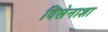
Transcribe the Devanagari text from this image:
दिसेनाशा